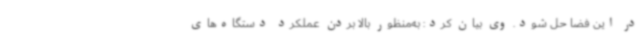
در این فضا حل شود. وی بیان کرد: به‌منظور بالا بردن عملکرد دستگاه‌های